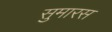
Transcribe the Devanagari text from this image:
सुमारस